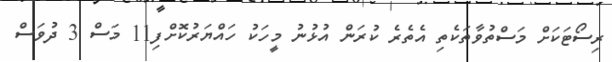
ރިސޯޓަކަށް މަސްތުވާތަކެތި އެތެރެ ކުރަން އުޅުނު މީހަކު ހައްޔަރުކޮށްފި11 މަސް 3 ދުވަސް